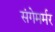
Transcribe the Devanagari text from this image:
संगेमर्मर